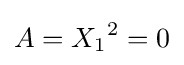
A={X_{1}}^{2}=0